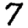
Digit: 7